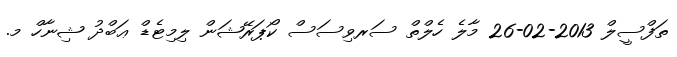
ތަފްސީލް 2013-02-26 މާލެ ހެލްތް ސަރވިސަސް ކޯޕަރޭޝަން ލިމިޓެޑް ޢަބްދު ޝިނާހް މ.